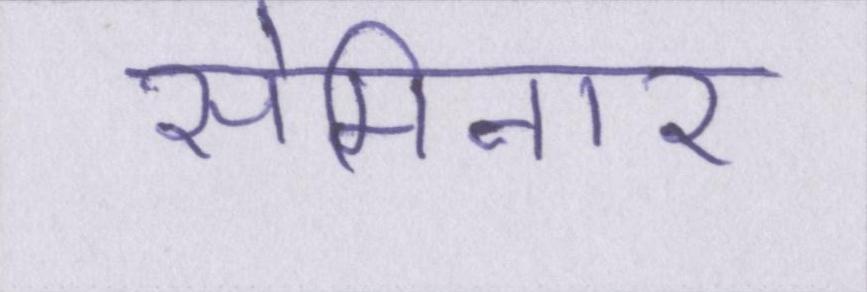
सेमिनार